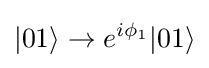
|01\rangle \rightarrow e^{i\phi _{1}}|01\rangle